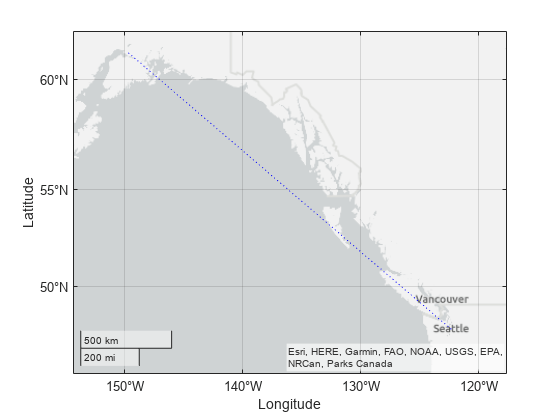
matlab, geoplot, geolimits